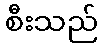
စီးသည်